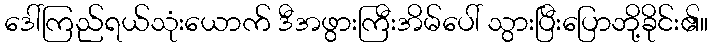
ဒေါ်ကြည်ရယ်သုံးယောက် ဒီအဖွားကြီးအိမ်ပေါ် သွားပြီးပြောဘို့ခိုင်း၏။